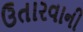
ઉતારવાની